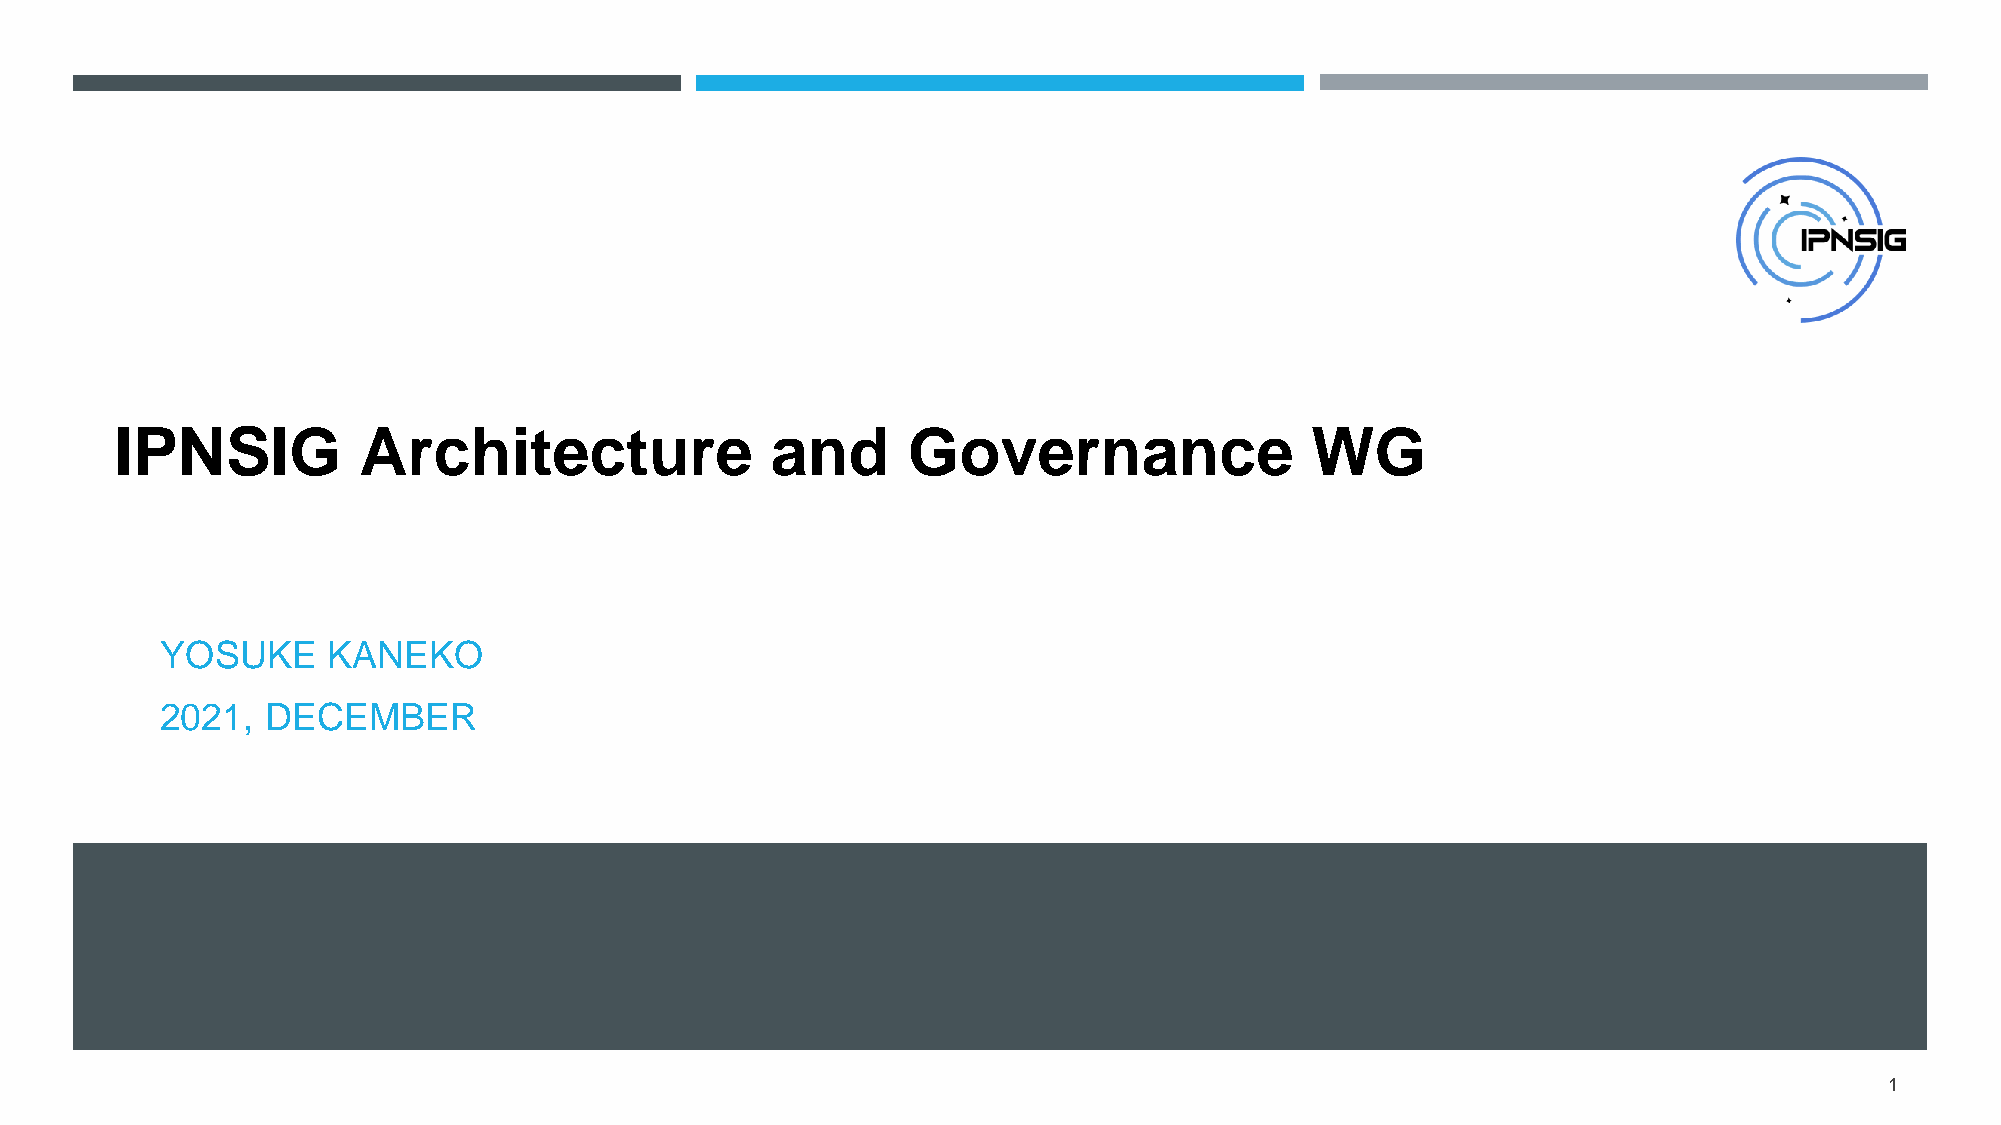
IPNSIG          Architecture               and      Governance                 WG
 YOSUKE     KANEKO
 2021,  DECEMBER
 1